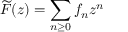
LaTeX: { \widetilde { F } } ( z ) = \sum _ { n \geq 0 } f _ { n } z ^ { n }